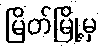
မြိတ်မြို့မှ